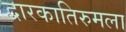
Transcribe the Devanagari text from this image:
द्वारकातिरुमला